Leaving Certificate Examination (including Day School Certificate (Higher) General paper), 1936
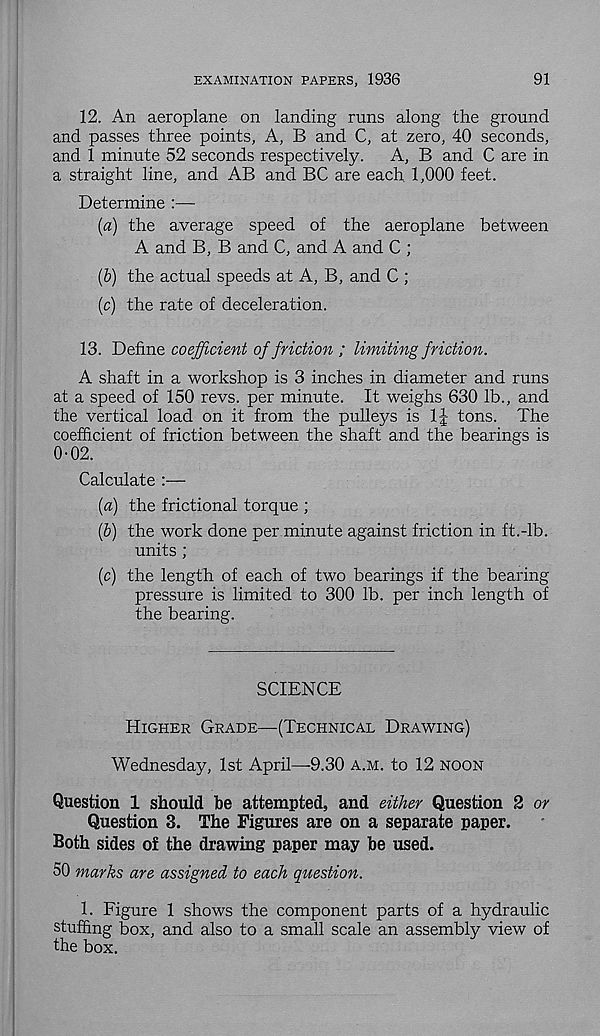
EXAMINATION PAPERS, 1936
91
12. An aeroplane on landing runs along the ground
and passes three points, A, B and C, at zero, 40 seconds,
and 1 minute 52 seconds respectively.
A, B and C are in
a straight line, and AB and BC are each 1,000 feet.
Determine
(a) the average speed of the aeroplane between
A and B, B and C, and A and C ;
(6) the actual speeds at A, B, and C ;
(c) the rate of deceleration.
13. Define coefficient of friction ; limiting friction.
A shaft in a workshop is 3 inches in diameter and runs
at a speed of 150 revs, per minute. It weighs 630 lb., and
the vertical load on it from the pulleys is 1J tons. The
coefficient of friction between the shaft and the bearings is
0-02.
Calculate :—
{a) the frictional torque ;
(b) the work done per minute against friction in ft.-lb.
units ;
(c) the length of each of two bearings if the bearing
pressure is limited to 300 lb. per inch length of
the bearing.
SCIENCE
Higher Grade—(Technical Drawing)
Wednesday, 1st April—9.30 a.m. to 12 noon
Question 1 should he attempted, and either Question 2 or
Question 3. The Figures are on a separate paper.
Both sides of the drawing paper may he used.
50 marks are assigned to each question.
1. Figure 1 shows the component parts of a hydraulic
stuffing box, and also to a small scale an assembly view of
the box.